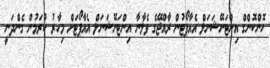
ހޮންކޮންގް އިންޓަނޭޝަނަލް އެއާޕޯޓުން ރާއްޖޭގެ ވެލާނާ އިންޓަނޭޝަނަލް އެއާޕޯޓަށް މިހާރު ކުރަމުން ގެންދަނީ